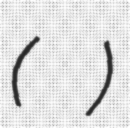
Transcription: (רות פרחי)